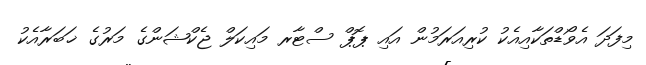
މިފަދަ އެވޯޑްތަކާއިއެކު ކުރިއަރަމުން އައި ޕޮޕް ސްޓާރ މައިކަލް ޖެކްޝަންގެ މަރުގެ ޚަބަރާއެކު